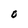
Character: O